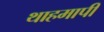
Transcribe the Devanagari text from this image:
थाहमापी